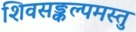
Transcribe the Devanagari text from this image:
शिवसङ्कल्पमस्तु